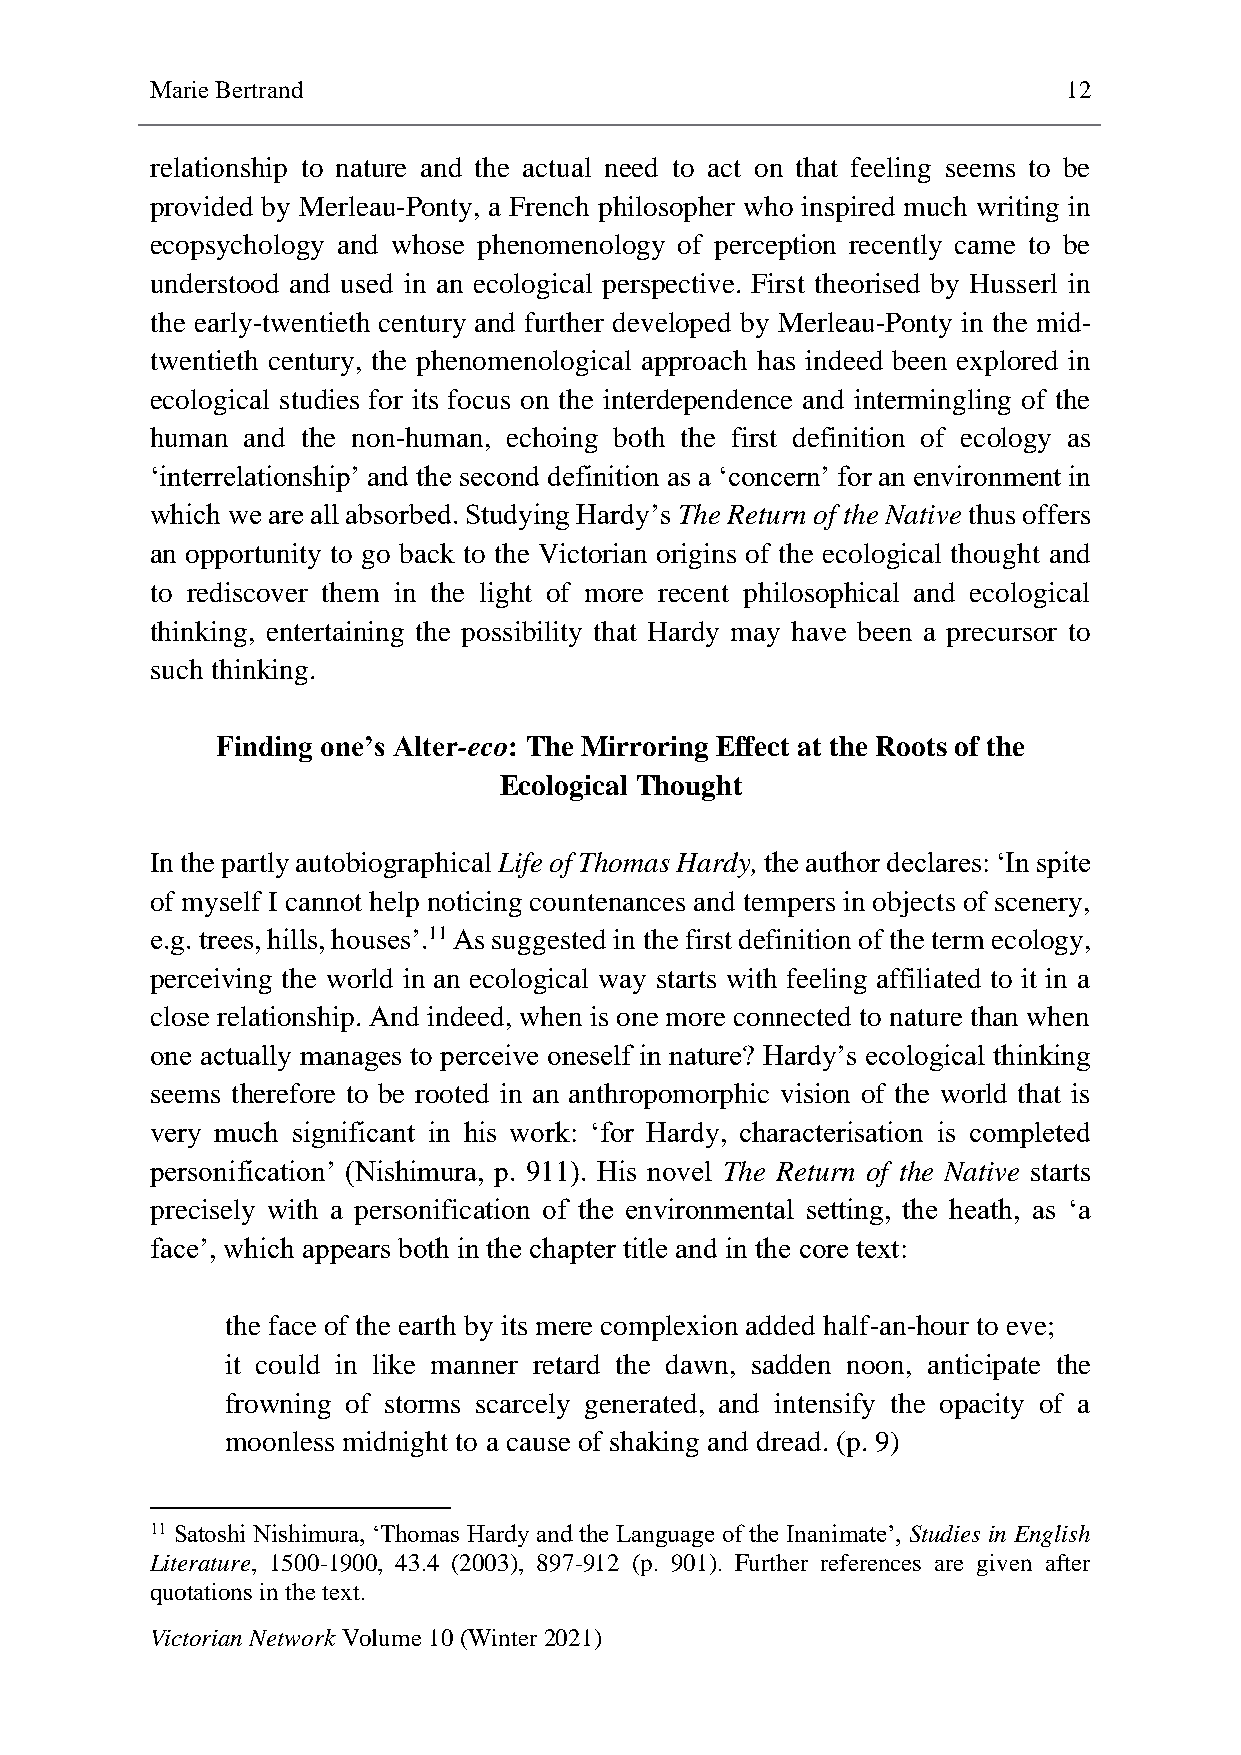
Marie Bertrand                                               12
 relationship to nature and the actual need to act on that feeling seems to be
 provided by Merleau-Ponty, a French philosopher who inspired much writing in
 ecopsychology and whose phenomenology of perception recently came to be
 understood and used in an ecological perspective. First theorised by Husserl in
 the early-twentieth century and further developed by Merleau-Ponty in the mid-
 twentieth century, the phenomenological approach has indeed been explored in
 ecological studies for its focus on the interdependence and intermingling of the
 human and the non-human, echoing both the first definition of ecology as
 ‘interrelationship’ and the second definition as a ‘concern’ for an environment in
 which we are all absorbed. Studying Hardy’s The Return of the Native thus offers
 an opportunity to go back to the Victorian origins of the ecological thought and
 to rediscover them in the light of more recent philosophical and ecological
 thinking, entertaining the possibility that Hardy may have been a precursor to
 such thinking.
 Finding one’s Alter-eco: The Mirroring Effect at the Roots of the
 Ecological Thought
 In the partly autobiographical Life of Thomas Hardy, the author declares: ‘In spite
 of myself I cannot help noticing countenances and tempers in objects of scenery,
 e.g. trees, hills, houses’.11 As suggested in the first definition of the term ecology,
 perceiving the world in an ecological way starts with feeling affiliated to it in a
 close relationship. And indeed, when is one more connected to nature than when
 one actually manages to perceive oneself in nature? Hardy’s ecological thinking
 seems therefore to be rooted in an anthropomorphic vision of the world that is
 very much significant in his work: ‘for Hardy, characterisation is completed
 personification’ (Nishimura, p. 911). His novel The Return of the Native starts
 precisely with a personification of the environmental setting, the heath, as ‘a
 face’, which appears both in the chapter title and in the core text:
 the face of the earth by its mere complexion added half-an-hour to eve;
 it could in like manner retard the dawn, sadden noon, anticipate the
 frowning of storms scarcely generated, and intensify the opacity of a
 moonless midnight to a cause of shaking and dread. (p. 9)
 11 Satoshi Nishimura, ‘Thomas Hardy and the Language of the Inanimate’, Studies in English
 Literature, 1500-1900, 43.4 (2003), 897-912 (p. 901). Further references are given after
 quotations in the text.
 Victorian Network Volume 10 (Winter 2021)